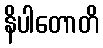
နိပါတောတိ